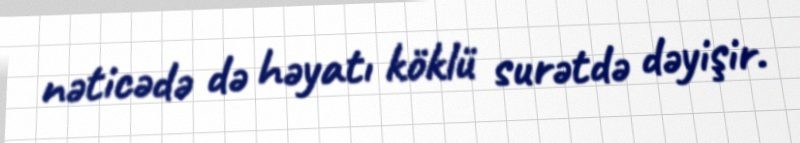
nəticədə də həyatı köklü surətdə dəyişir.